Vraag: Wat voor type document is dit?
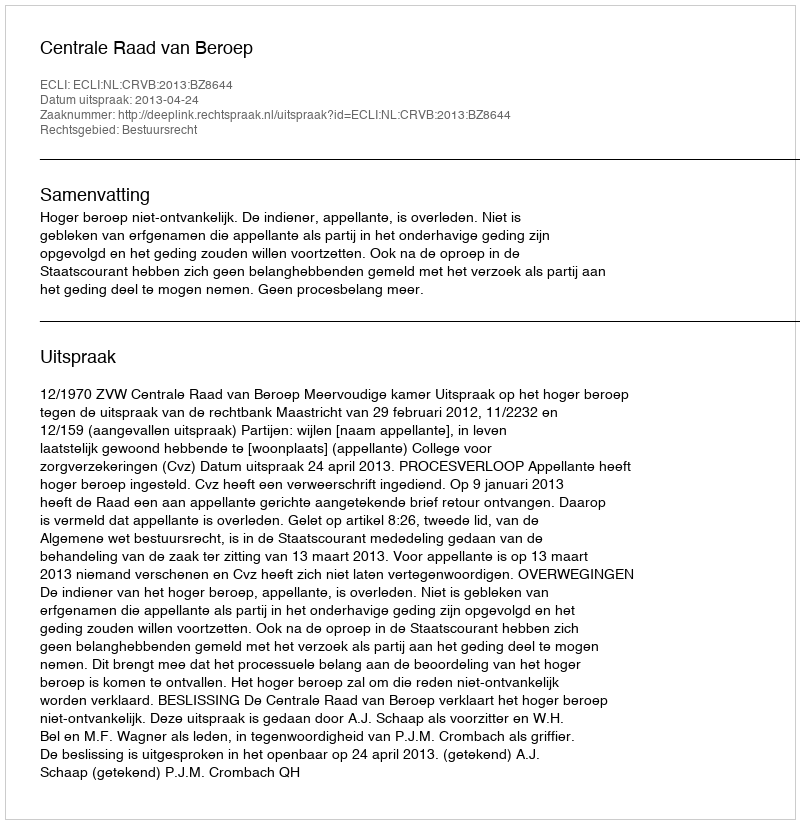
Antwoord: Uitspraak